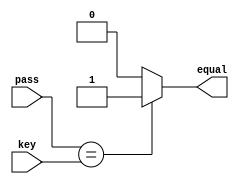
/*--  *******************************************************
--  Computer Architecture Course, Laboratory Sources 
--  Amirkabir University of Technology (Tehran Polytechnic)
--  Department of Computer Engineering (CE-AUT)
--  https://ce[dot]aut[dot]ac[dot]ir
--  *******************************************************
--  All Rights reserved (C) 2019-2020
--  *******************************************************
--  Student ID  : 9831023
--  Student Name: Negin Kheirmand
--  Student Mail: neginkheirmand@aut.ac.ir
--  *******************************************************
--  Additional Comments:
--		in contribution to Arvand Darvish
--*/

/*-----------------------------------------------------------
---  Module Name: Password Checker Unit
---  Description: Module7: 
-----------------------------------------------------------*/
`timescale 1 ns/1 ns

module PassCheckUnit (
	input  [ 1:0] pass   , // input  [user   password]
	input  [ 1:0] key    , // input  [system password]
	output        equal    // output [(pass==key) : 1]
);

	assign equal = (pass == key) ? 1'b1: 1'b0;

endmodule